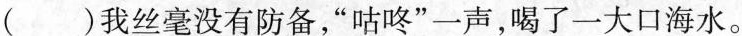
（）我丝毫没有防备，”咕咚”一声，喝了一大口海水。